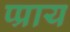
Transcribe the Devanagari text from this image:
प्प्राय